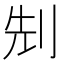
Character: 𠜎